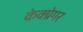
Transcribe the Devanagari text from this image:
केक्ग्रेगर